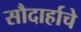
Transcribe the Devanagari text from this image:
सौदार्हाचे